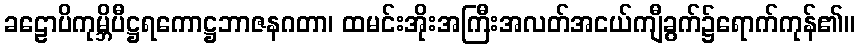
ခဠောပိကုမ္ဘိပီဋ္ဌရကောဋ္ဌဘာဇနဂတာ၊ ထမင်းအိုးအကြီးအလတ်အငယ်ကျီခွက်၌ရောက်ကုန်၏။